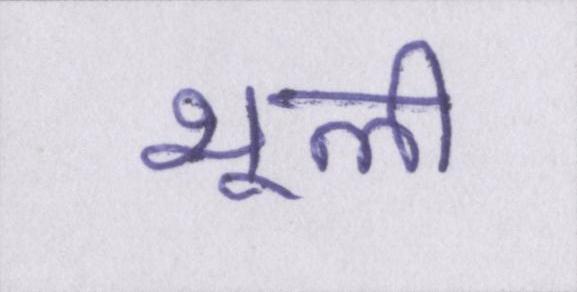
भूली